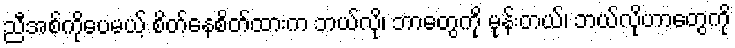
ညီအစ်ကိုပေမယ့် စိတ်နေစိတ်ထားက ဘယ်လို၊ ဘာတွေကို မုန်းတယ်၊ ဘယ်လိုဟာတွေကို